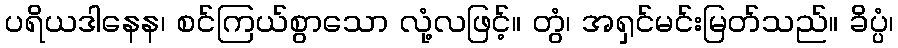
ပရိယဒါနေန၊ စင်ကြယ်စွာသော လုံ့လဖြင့်။ တွံ၊ အရှင်မင်းမြတ်သည်။ ခိပ္ပံ၊